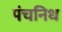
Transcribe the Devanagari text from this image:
पंचनिध